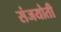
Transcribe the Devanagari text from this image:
संजयोती